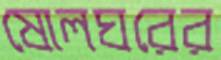
ষোলঘরের